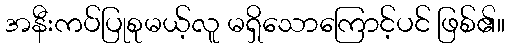
အနီးကပ်ပြုစုမယ့်လူ မရှိသောကြောင့်ပင် ဖြစ်၏။